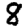
Digit: 8